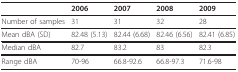
<table><thead><tr><td></td><td><b>2006</b></td><td><b>2007</b></td><td><b>2008</b></td><td><b>2009</b></td></tr></thead><tbody><tr><td>Number of samples</td><td>31</td><td>31</td><td>32</td><td>28</td></tr><tr><td>Mean dBA (SD)</td><td>82.48 (5.13)</td><td>82.44 (6.68)</td><td>82.46 (6.56)</td><td>82.41 (6.85)</td></tr><tr><td>Median dBA</td><td>82.7</td><td>83.2</td><td>83</td><td>82.3</td></tr><tr><td>Range dBA</td><td>70-96</td><td>66.8-92.6</td><td>66.8-97.3</td><td>71.6-98</td></tr></tbody></table>